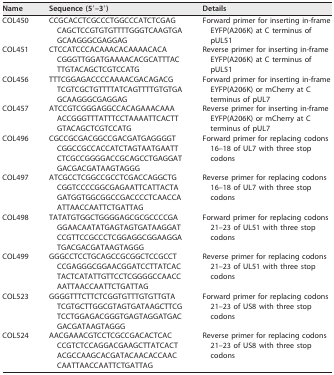
<table><thead><tr><td><b>Name</b></td><td><b>Sequence (5′–3′)</b></td><td><b>Details</b></td></tr></thead><tbody><tr><td>COL450</td><td>CCGCACCTCGCCCTGGCCCATCTCGAGCAGCTCCGTGTGTTTTGGGTCAAGTGAGCAAGGGCGAGGAG</td><td>Forward primer for inserting in-frame EYFP(A206K) at C terminus of pUL51</td></tr><tr><td>COL451</td><td>CTCCATCCCACAAACACAAAACACACGGGTTGGATGAAAACACGCATTTACTTGTACAGCTCGTCCATG</td><td>Reverse primer for inserting in-frame EYFP(A206K) at C terminus of pUL51</td></tr><tr><td>COL456</td><td>TTTCGGAGACCCCAAAACGACAGACGTCGTCGCTGTTTTATCAGTTTTGTGTGAGCAAGGGCGAGGAG</td><td>Forward primer for inserting in-frame EYFP(A206K) or mCherry at C terminus of pUL7</td></tr><tr><td>COL457</td><td>ATCCGTCGGGAGGCCACAGAAACAAAACCGGGTTTATTTCCTAAAATTCACTTGTACAGCTCGTCCATG</td><td>Reverse primer for inserting in-frame EYFP(A206K) or mCherry at C terminus of pUL7</td></tr><tr><td>COL496</td><td>CGCCGCGACGGCCGACGATGAGGGGTCGGCCGCCACCATCTAGTAATGAATTCTCGCCGGGGACCGCAGCCTGAGGATGACGACGATAAGTAGGG</td><td>Forward primer for replacing codons 16–18 of UL7 with three stop codons</td></tr><tr><td>COL497</td><td>ATCGCCTCGGCCGCCTCGACCAGGCTGCGGTCCCCGGCGAGAATTCATTACTAGATGGTGGCGGCCGACCCCTCAACCAATTAACCAATTCTGATTAG</td><td>Reverse primer for replacing codons 16–18 of UL7 with three stop codons</td></tr><tr><td>COL498</td><td>TATATGTGGCTGGGGAGCGCGCCCCGAGGAACAATATGAGTAGTGATAAGGATCCGTTCCGCCCTCGGAGGCGGAAGGATGACGACGATAAGTAGGG</td><td>Forward primer for replacing codons 21–23 of UL51 with three stop codons</td></tr><tr><td>COL499</td><td>GGGCCTCCTGCAGCCGCGGCTCCGCCTCCGAGGGCGGAACGGATCCTTATCACTACTCATATTGTTCCTCGGGGCCAACCAATTAACCAATTCTGATTAG</td><td>Reverse primer for replacing codons 21–23 of UL51 with three stop codons</td></tr><tr><td>COL523</td><td>GGGGTTTCTTCTCGGTGTTTGTGTTGTATCGTGCTTGGCGTAGTGATAAGCTTCGTCCTGGAGACGGGTGAGTAGGATGACGACGATAAGTAGGG</td><td>Forward primer for replacing codons 21–23 of US8 with three stop codons</td></tr><tr><td>COL524</td><td>AACGAAACGTCCTCGCCGACACTCACCCGTCTCCAGGACGAAGCTTATCACTACGCCAAGCACGATACAACACCAACCAATTAACCAATTCTGATTAG</td><td>Reverse primer for replacing codons 21–23 of US8 with three stop codons</td></tr></tbody></table>